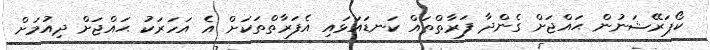
ކޯޕަރޭޝަނުން ޙައްޖަށް ގެންދާ ފަރާތްތައް ކަނޑައަޅައި އެފަރާތްތަކަށް އެ އަހަރަކު ޙައްޖަށް ދިއުމަށް